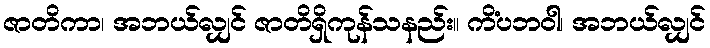
ဇာတိကာ၊ အဘယ်လျှင် ဇာတိရှိကုန်သနည်း။ ကိံပဘဝါ၊ အဘယ်လျှင်